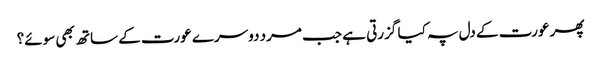
پھر عورت کے دل پہ کیا گزرتی ہے جب مرد دوسرے عورت کے ساتھ بھی سوئے؟